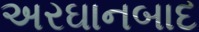
અરઘાનબાદ